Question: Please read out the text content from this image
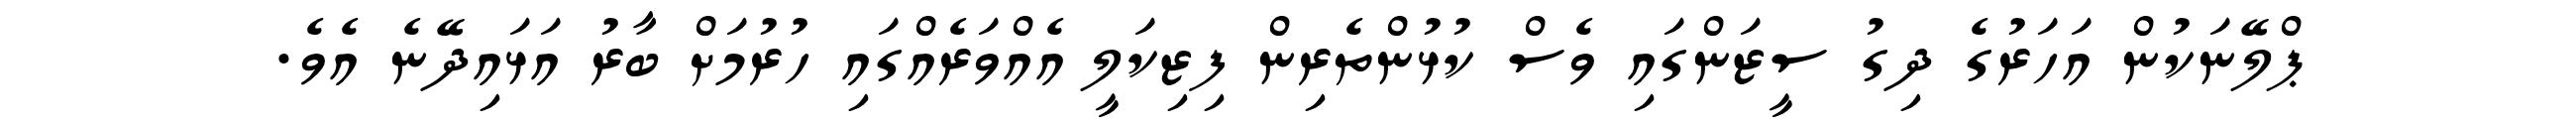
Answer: ޕްލޭނަކުން އަހަރުގެ ދިގު ސީޒަންގައި ވެސް ކުޅުންތެރިން ފިޒިކަލީ އެއްވަރެއްގައި ހުރުމަށް ބާރު އަޅައިދޭނެ އެވެ.